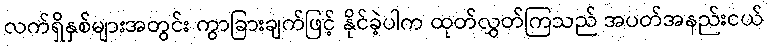
လက်ရှိနှစ်များအတွင်း ကွာခြားချက်ဖြင့် နိုင်ခဲ့ပါက ထုတ်လွှတ်ကြသည် အပတ်အနည်းငယ်